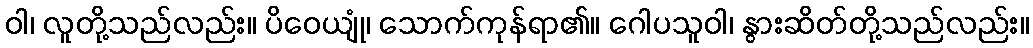
ဝါ၊ လူတို့သည်လည်း။ ပိဝေယျုံ၊ သောက်ကုန်ရာ၏။ ဂေါပသူဝါ၊ နွားဆိတ်တို့သည်လည်း။